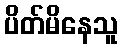
ပိတ်မိနေသူ